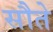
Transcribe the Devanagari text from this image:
सौते